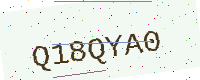
Text: Q18QYA0